Code of medical and sanitary regulations for the guidance of medical officers serving in the Madras Presidency - Volume I
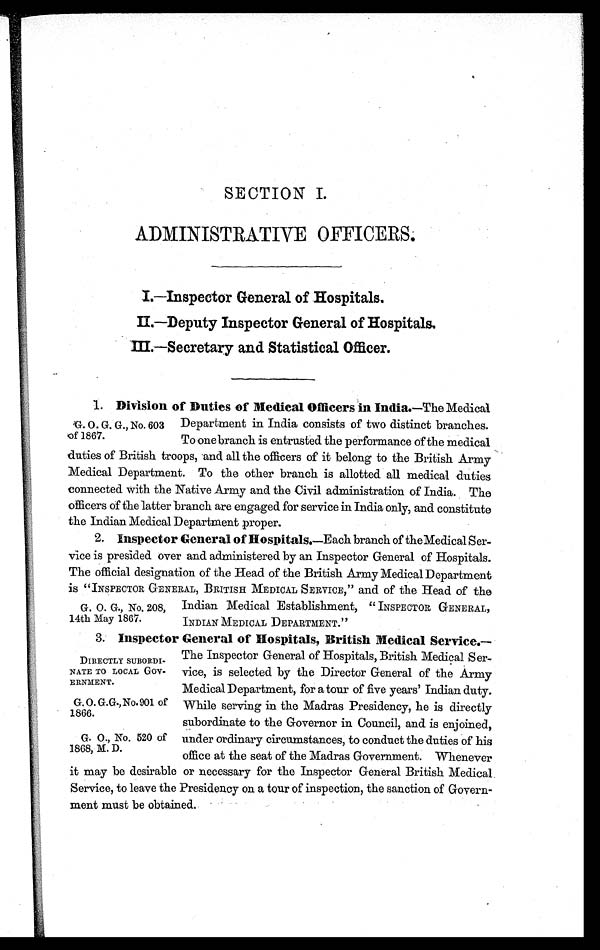
SECTION I.
ADMINISTRATIVE OFFICERS.
I.—Inspector General of Hospitals.
II—Deputy Inspector General of Hospital
s
III.—Secretary and Statistical Officer.
G. O. G. G. , No. 603
of 1867.
1. Division of Duties of Medical Officers in India. —The Medical
Department in India consists of two distinct branches.
To one branch is entrusted the performance of the medical
duties of British troops, and all the officers of it belong to the British Army
Medical Department. To the other branch is allotted all medical duties
connected with the Native Army and the Civil administration of India. The
officers of the latter branch are engaged for service in India only, and constitute
the Indian Medical Department proper.
G. O. G., No. 208,
14th May 1867.
2. Inspector General of Hospitals. —Each branch of the Medical Ser-
vice is presided over and administered by an Inspector General of Hospitals.
The official designation of the Head of the British Army Medical Department
is "INSPECTOR GENERAL, BRITISH MEDICAL SERVICE," and of the Head of the
Indian Medical Establishment, " INSPECTOR GENERAL,
INDIAN MEDICAL DEPARTMENT."
DIRECTLY SUBORDI-
NATE TO LOCAL Gov-
ERNMENT.
G. O. G.G., No. 901 of
1866.
G. O., No. 520 of
1868, M. D.
3. Inspector General of Hospitals, British Medical Service.
— T h e I n s p e c t o r G e n e r a l o f H o s p i t a l s , B r i t i s h M e d i c a l S e r -
vice, is selected by the Director General of the Army
Medical Department, for a tour of five years' Indian duty.
While serving in the Madras Presidency, he is directly
subordinate to the Governor in Council, and is enjoined,
under ordinary circumstances, to conduct the duties of his
office at the seat of the Madras Government. Whenever
it may be desirable or necessary for the Inspector General British Medical.
Service, to leave the Presidency on a tour of inspection, the sanction of Govern-
ment must be obtained.